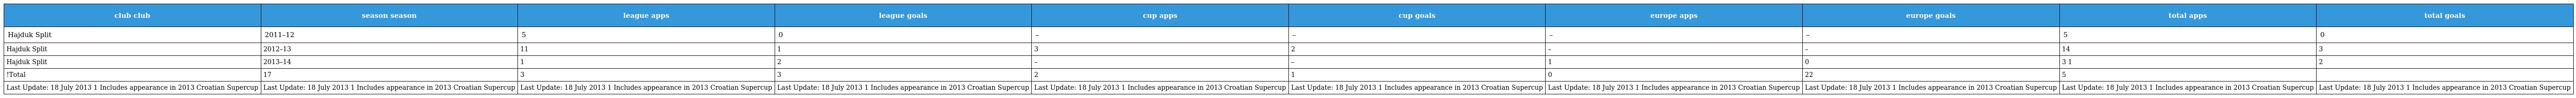
| club club | season season | league apps | league goals | cup apps | cup goals | europe apps | europe goals | total apps | total goals |
 | --- | --- | --- | --- | --- | --- | --- | --- | --- | --- |
 | Hajduk Split | 2011–12 | 5 | 0 | – | – | – | – | 5 | 0 |
 | Hajduk Split | 2012–13 | 11 | 1 | 3 | 2 | – | – | 14 | 3 |
 | Hajduk Split | 2013–14 | 1 | 2 | – | – | 1 | 0 | 3 1 | 2 |
 | !Total | 17 | 3 | 3 | 2 | 1 | 0 | 22 | 5 |  |
 | Last Update: 18 July 2013 1 Includes appearance in 2013 Croatian Supercup | Last Update: 18 July 2013 1 Includes appearance in 2013 Croatian Supercup | Last Update: 18 July 2013 1 Includes appearance in 2013 Croatian Supercup | Last Update: 18 July 2013 1 Includes appearance in 2013 Croatian Supercup | Last Update: 18 July 2013 1 Includes appearance in 2013 Croatian Supercup | Last Update: 18 July 2013 1 Includes appearance in 2013 Croatian Supercup | Last Update: 18 July 2013 1 Includes appearance in 2013 Croatian Supercup | Last Update: 18 July 2013 1 Includes appearance in 2013 Croatian Supercup | Last Update: 18 July 2013 1 Includes appearance in 2013 Croatian Supercup | Last Update: 18 July 2013 1 Includes appearance in 2013 Croatian Supercup |